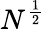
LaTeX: N^{\frac{1}{2}}